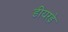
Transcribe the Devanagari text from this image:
डीयरड्रे